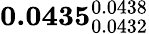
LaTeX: \mathbf{0.0435}_{0.0432}^{0.0438}